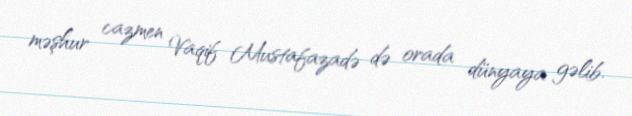
məşhur cazmen Vaqif Mustafazadə də orada dünyaya gəlib.